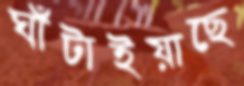
ঘাঁটাইয়াছে